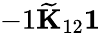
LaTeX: -1\le{\widetilde K}_{12}\le 1